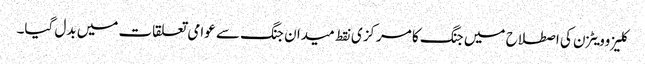
کلیزوویٹزن کی اصطلاح میں جنگ کا مرکزی نقط میدان جنگ سے عوامی تعلقات میں بدل گیا۔